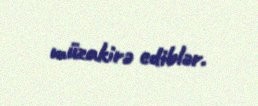
müzakirə ediblər.